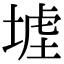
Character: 𡎪